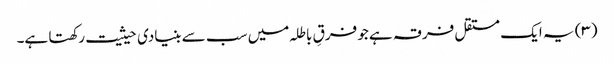
(۳) یہ ایک مستقل فرقہ ہے جو فرقِ باطلہ میں سب سے بنیادی حیثیت رکھتا ہے۔